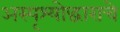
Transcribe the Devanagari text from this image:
अस्पृश्योद्धाराचे